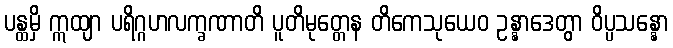
ပန္ထမှိ ဣထျာ ပရိဂ္ဂဟလက္ခဏာတိ ပူတိမုတ္တေန တိကေသုယေဝ ဥန္နာဒေတွာ ဝိပ္ပသန္နော